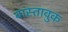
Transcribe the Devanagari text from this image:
वास्तावुक